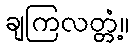
ချကြလတ္တံ့။